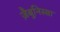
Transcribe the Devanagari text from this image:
ज़ैबुनिस्सा